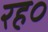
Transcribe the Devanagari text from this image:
रह०